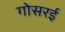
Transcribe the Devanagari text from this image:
गोसरई